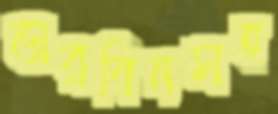
ডারবিনসহ